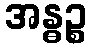
အန္ဓဉ္စ